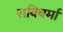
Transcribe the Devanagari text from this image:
राविवर्मा